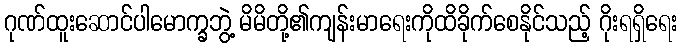
ဂုဏ်ထူးဆောင်ပါမောက္ခဘွဲ့ မိမိတို့၏ကျန်းမာရေးကိုထိခိုက်စေနိုင်သည့် ဂိုးရရှိရေး